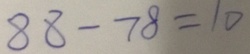
8 8 - 7 8 = 1 0